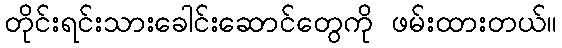
တိုင်းရင်းသားခေါင်းဆောင်တွေကို ဖမ်းထားတယ်။